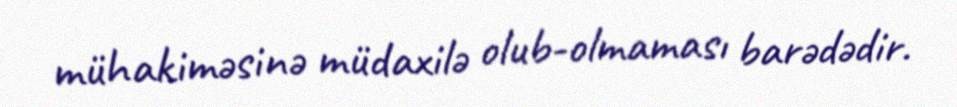
mühakiməsinə müdaxilə olub-olmaması barədədir.